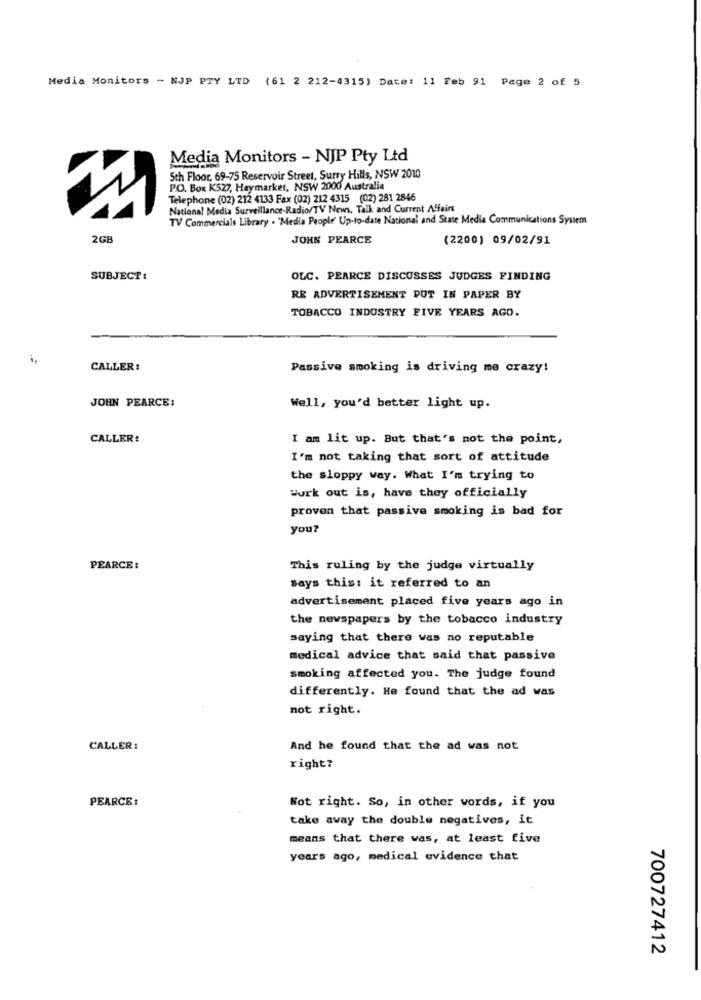
Media Monitors - NJP PTY LTD (61 2 212-4315) Date: 11 Feb 91 Page 2 of 5
Media Monitors - NJP Pty Ltd
Sth Floor, 69-75 Reservoir Street, Surry Hills, NSW 2010
P.O. Box K527, Haymarket, NSW 2000 Australia
Telephone (02) 212 4133 Fax (02) 212 4315 (02) 281 2846
National Media Surveillance-Radio/TV News, Talk and Current Affairs
TV Commercials Library . "Media People' Up-to-date National and State Media Communications System
2GB
JOHN PEARCE
(2200) 09/02/91
SUBJECT:
OLC. PEARCE DISCUSSES JUDGES FINDING
RE ADVERTISEMENT PUT IN PAPER BY
TOBACCO INDUSTRY FIVE YEARS AGO.
i,
CALLER :
Passive smoking is driving me crazy!
JOHN PEARCE:
Well, you'd better light up.
CALLER:
I am lit up. But that's not the point,
I'm not taking that sort of attitude
the sloppy way. What I'm trying to
Work out is, have they officially
proven that passive smoking is bad for
You?
PEARCE :
This ruling by the judge virtually
says this: it referred to an
advertisement placed five years ago in
the newspapers by the tobacco industry
saying that there was no reputable
medical advice that said that passive
smoking affected you. The judge found
differently. He found that the ad was
not right.
CALLER:
And he found that the ad was not
right?
PEARCE:
Not right. So, in other words, if you
take away the double negatives, it
means that there was, at least five
years ago, medical evidence that
700727412